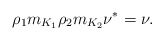
\begin{align*}\rho_1m_{K_1}\rho_2m_{K_2}\nu^*=\nu.\end{align*}